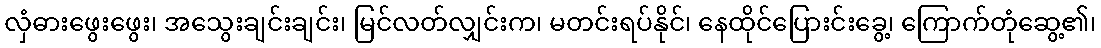
လှံဓားဖွေးဖွေး၊ အသွေးချင်းချင်း၊ မြင်လတ်လျှင်းက၊ မတင်းရပ်နိုင်၊ နေထိုင်ပြေားင်းခွေ့၊ ကြောက်တုံဆွေ့၏၊